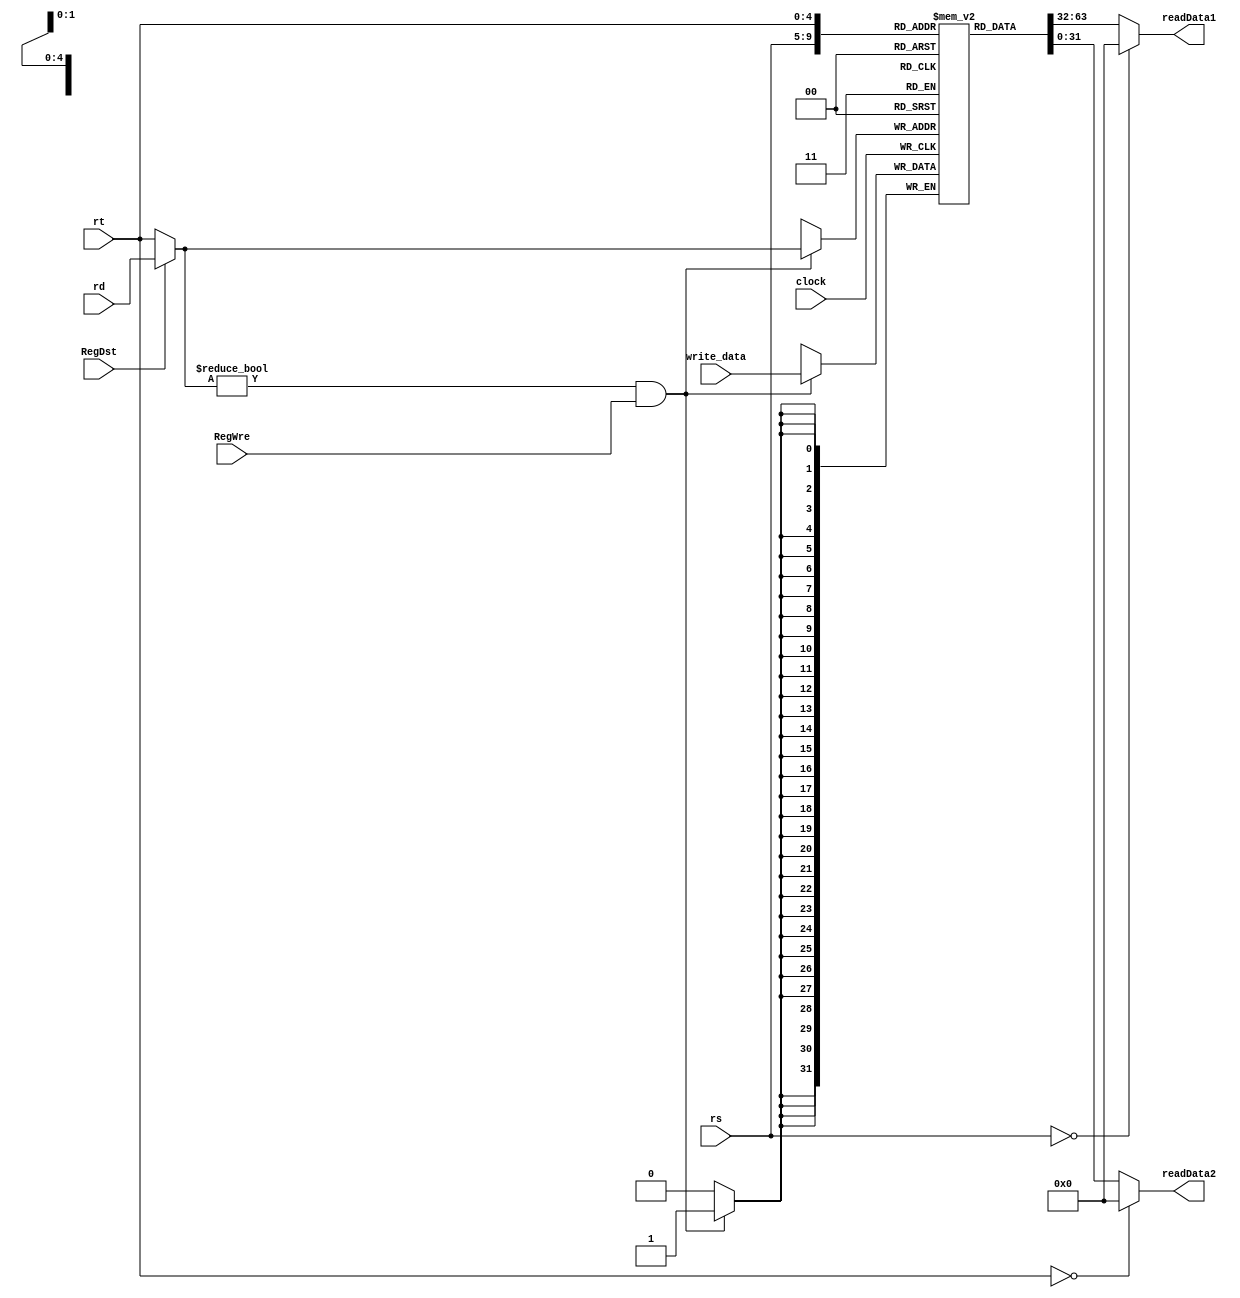
`timescale 1ns / 1ps
//////////////////////////////////////////////////////////////////////////////////
// Company: 
// Engineer: 
// 
// Design Name: 
// Module Name: Regfile
// Project Name: 
// Target Devices: 
// Tool Versions: 
// Description: 
// 
// Dependencies: 
// 
// Revision:
// Revision 0.01 - File Created
// Additional Comments:
// 
//////////////////////////////////////////////////////////////////////////////////

module Regfile(
    input clock,
    input RegWre,
    input RegDst,
    input [4:0] rs,
    input [4:0] rt,
    input [4:0] rd,
    input [31:0] write_data,
    output [31:0] readData1,
    output [31:0] readData2
    );
	reg [31:0] register [0:31];
    wire [4:0] rin;
    initial begin
        register[0] = 0; //00
    end
    
    assign rin = ( RegDst == 0 )? rt : rd;

	assign readData1 = (rs== 0)? 0 : register[rs];
	assign readData2 = (rt== 0)? 0 : register[rt];

	always @(posedge clock) begin
		if ( (rin != 0) & (RegWre == 1) )
            register[rin] <= write_data;
    end

endmodule